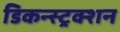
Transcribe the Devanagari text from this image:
डिकन्स्ट्रक्शन